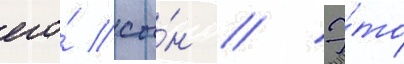
его́ сы́н // Э́то